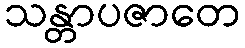
သန္တာပဇာတေ